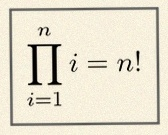
\prod_{i=1}^{n}i=n!